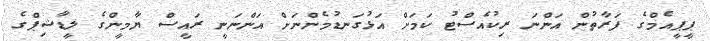
ޕީޕީއެމްގެ ފަރާތުން އަންނަ ރިކުއެސްޓު ކަމަށް އަޅުގަނޑުމެންނަށް އަންނަނީ ރައީސް ޔާމީންގެ ލީޑާޝިޕްގެ